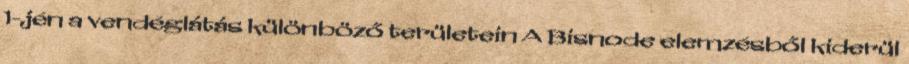
1-jén a vendéglátás különböző területein A Bisnode elemzésből kiderül